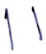
Text: 11